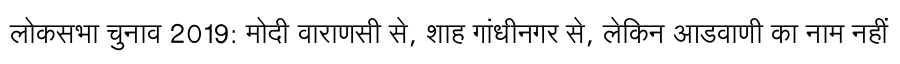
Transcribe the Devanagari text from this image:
लोकसभा चुनाव 2019: मोदी वाराणसी से, शाह गांधीनगर से, लेकिन आडवाणी का नाम नहीं